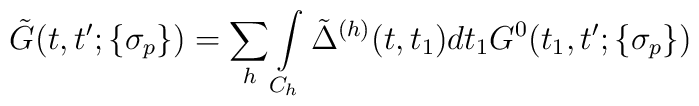
\tilde G(t,t';\{\sigma_p\})=\sum_h\int\limits_{C_h}\tilde\Delta^{(h)}(t,t_1) dt_1G^0(t_1,t';\{\sigma_p\})